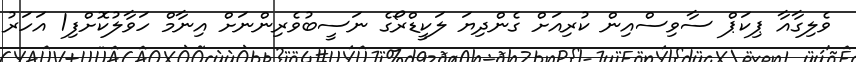
ވެލިގާއާ ޕިކަޕް ސާވިސްއިން ކުރިއަށް ގެންދިޔަ ލަކީޑްރޯގެ ނަސީބުވެރިންނަށް އިނާމް ހަވާލުކޮށްފި1 އަހަރު